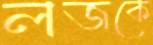
লজকে